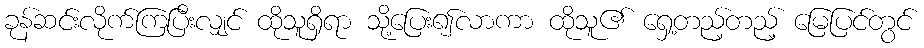
ခုန်ဆင်းလိုက်ကြပြီးလျှင် ထိုသူရှိရာ သို့ပြေး၍လာကာ ထိုသူ၏ ရှေ့တည့်တည့် မြေပြင်တွင်